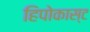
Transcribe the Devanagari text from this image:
हिपोकास्ट